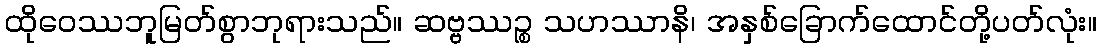
ထိုဝေဿဘူမြတ်စွာဘုရားသည်။ ဆဗ္ဗဿဉ္စ သဟဿာနိ၊ အနှစ်ခြောက်ထောင်တို့ပတ်လုံး။